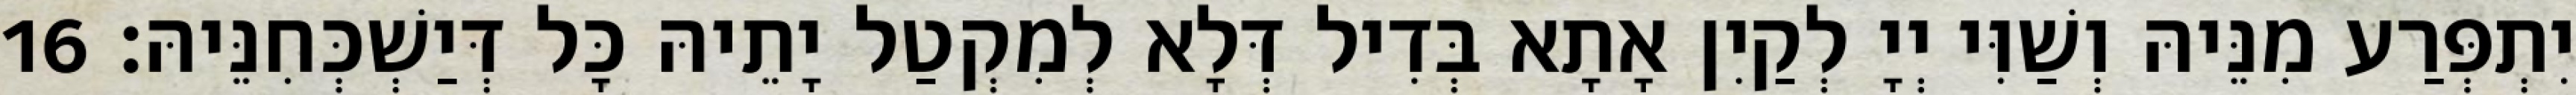
יִתְפְּרַע מִנֵּיהּ וְשַׁוִּי יְיָ לְקַיִן אָתָא בְּדִיל דְּלָא לְמִקְטַל יָתֵיהּ כָּל דְּיַשְׁכְּחִנֵּיהּ׃ 16